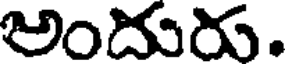
అందురు.